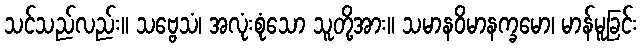
သင်သည်လည်း။ သဗ္ဗေသံ၊ အလုံးစုံသော သူတို့အား။ သမာနဝိမာနက္ခမော၊ မာန်မူခြင်း